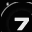
Digit: 7